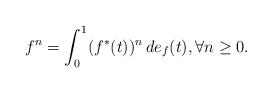
LaTeX: \begin{align*}f^n = \int_0^1 (f^*(t))^n\, de_f(t), \forall n \geq 0.\end{align*}